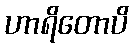
ဟာရိတောပိ